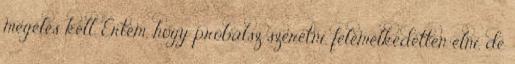
megélés kell. Értem, hogy próbálsz szeretni, felemelkedetten élni, de